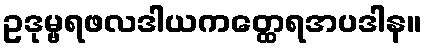
ဥဒုမ္ဗရဖလဒါယကတ္ထေရအပဒါန။